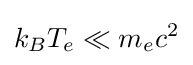
k_{B}T_{e}\ll m_{e}c^{2}